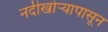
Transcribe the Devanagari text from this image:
नदीखोर्‍यापासून